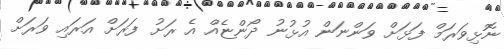
ނޮޅިވަރަމް ފަޅަށް ވަންނަން އުޅުނު ދޯންޏެއް އެ ރަށު ފަރަށް އަރައި ވަރަށް